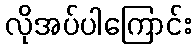
လိုအပ်ပါကြောင်း